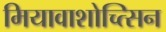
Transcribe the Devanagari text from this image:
मियावाशोच्त्सिन